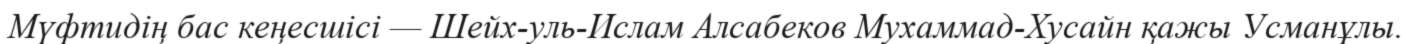
Мүфтидің бас кеңесшісі — Шейх-уль-Ислам Алсабеков Мухаммад-Хусайн қажы Усманұлы.